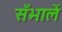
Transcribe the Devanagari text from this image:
सँभालें